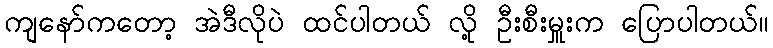
ကျနော်ကတော့ အဲဒီလိုပဲ ထင်ပါတယ် လို့ ဦးစီးမှူးက ပြောပါတယ်။